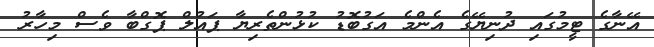
އޭނާގެ ޓީމުގައި ދުނިޔޭގެ އެންމެ އަގުބޮޑު ކުޅުންތެރިޔާ ޕައުލް ޕޮގްބާ ވެސް މިހާރު